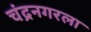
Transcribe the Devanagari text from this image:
चंद्रनगरला